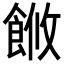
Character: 𬲓